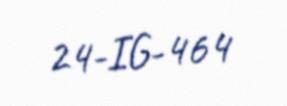
24-IG-464